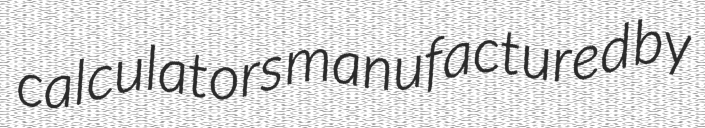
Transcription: calculators manufactured by